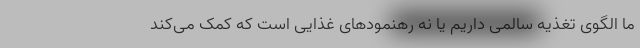
ما الگوی تغذیه سالمی داریم یا نه رهنمودهای غذایی است که کمک می‌کند